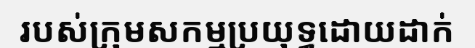
របស់ក្រុមសកម្មប្រយុទ្ធដោយដាក់